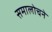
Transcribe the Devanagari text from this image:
समालोचने